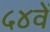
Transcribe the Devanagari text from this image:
५४वें